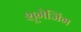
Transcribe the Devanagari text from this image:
शूगेजिंग